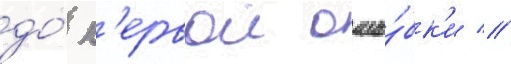
до́ п'ервои оши́бк'и //